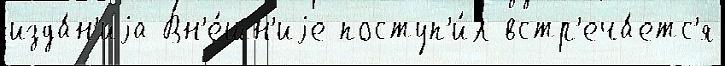
изда́н'иjа Вн'е́шн'иjе поступ'и́л встр'еча́етс'я